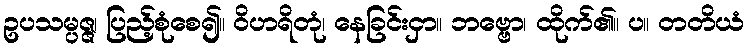
ဥပသမ္ပဇ္ဇ၊ ပြည့်စုံစေ၍။ ဝိဟရိတုံ၊ နေခြင်းငှာ။ ဘဗ္ဗော၊ ထိုက်၏။ ပ။ တတိယံ